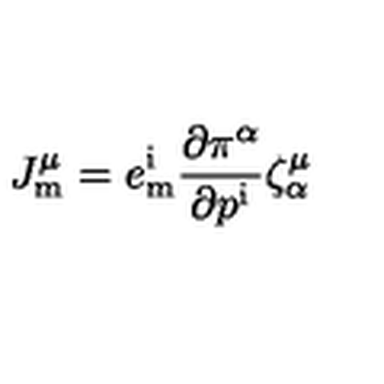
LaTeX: J _ { \mathrm { m } } ^ { \mu } = e _ { \mathrm { m } } ^ { \mathrm { i } } { \frac { \partial \pi ^ { \alpha } } { \partial p ^ { \mathrm { i } } } } \zeta _ { \alpha } ^ { \mu }